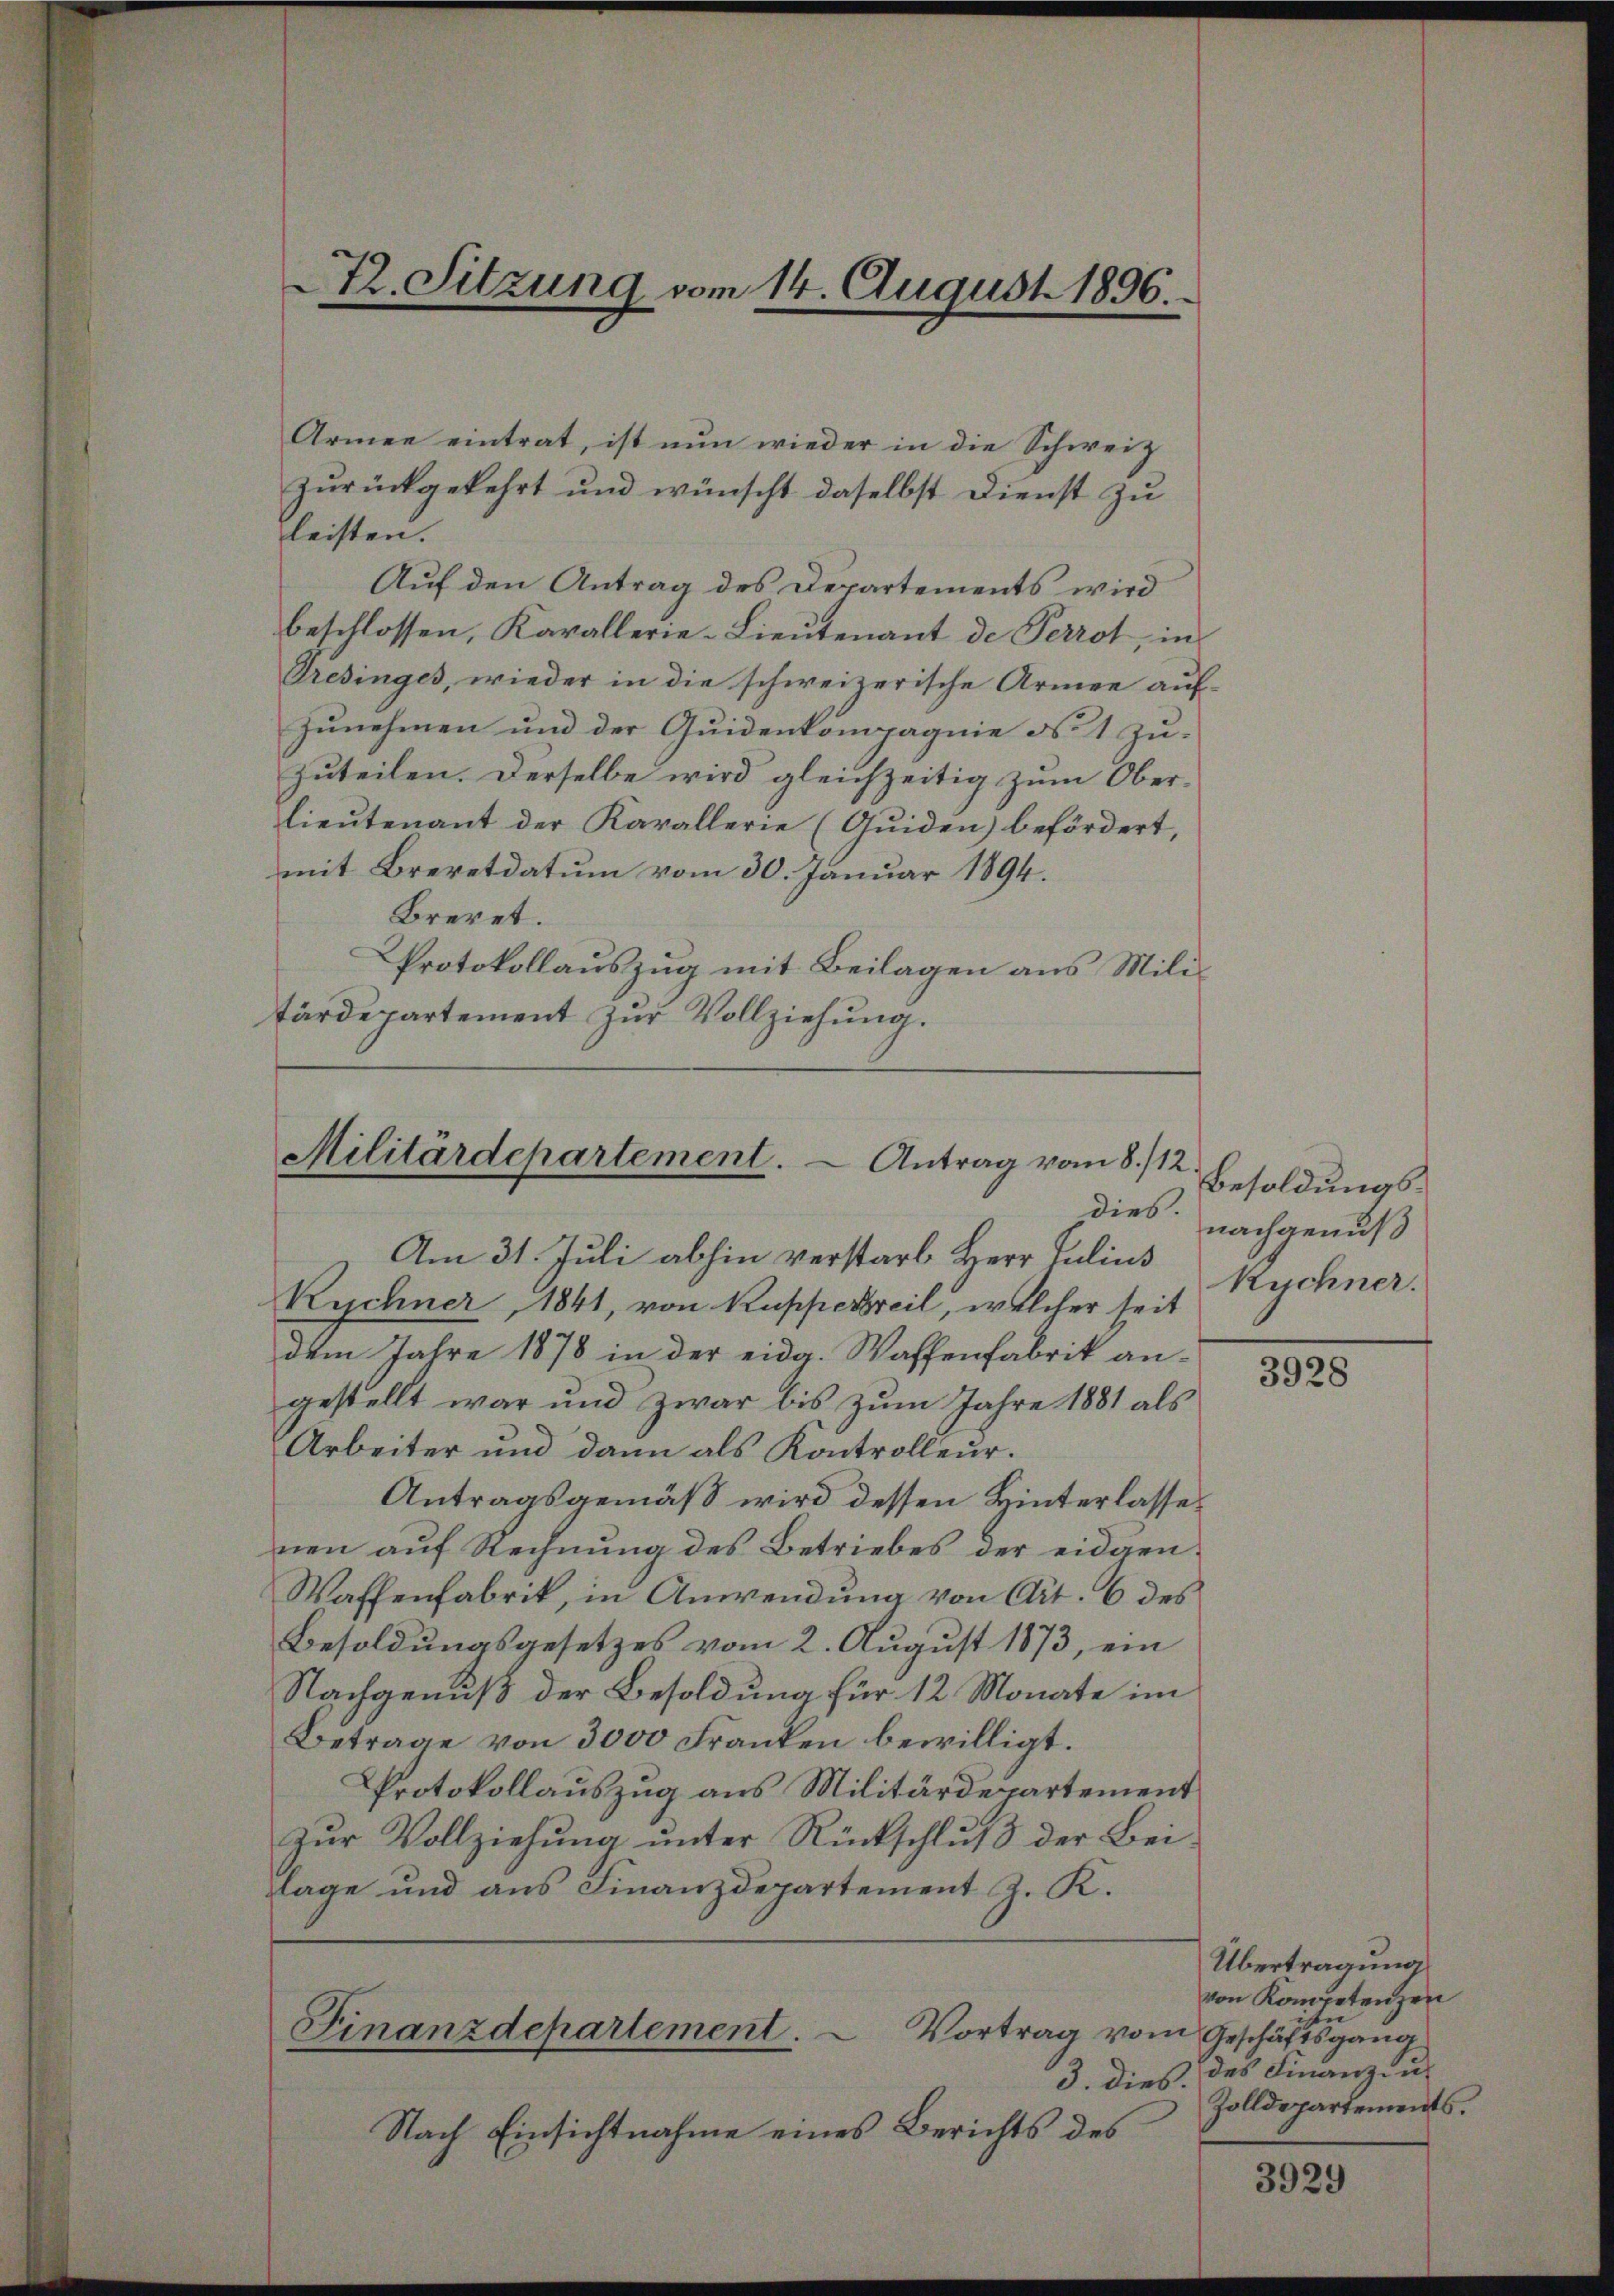
72. Sitzung vom 14. August 1896.

Armee eintrat, ist nun wieder in die Schweiz
zurückgekehrt und wünscht daselbst Dienst zu
leisten.
Auf den Antrag des Departements wird
beschlossen, Kavallerie-Lieutenant de Perrot, in
Dresinges, wieder in die schweizerische Armen auf-
zunehmen und der Quidenkompagnie d 1 zu¬
Zuteilen. Derselbe wird gleichzeitig zum Ober-
lieutenant der Karallerie (Quiden) befördert,
mit Brevetdatum vom 30. Januar 1894.
Breret.
Protokollauszug mit Beilagen aus Militärdepartement zur Vollziehung.

Militärdepartement.  Antrag vom 8./12

Am 31. Juli abhin verstarb Herr Julius
Kychner, 1841, von Kupperreil, welcher seit
dem Jahre 1878 in der eidg. Waffenfabrik angestellt war und zwar bis zum Jahre 1881 als
Arbeiter und dann als Kontrolleur.
Antragsgemäß wird dessen Hinterlasse
nen auf Rechnung des Betriebes der eidgen¬
Waffenfabrik, in Anwendung von Art. 6 des
Besoldungsgesetzes vom 2. August 1873, ein
Nachgenuß der Besoldung für 12 Monate im
Betrage von 3000 Franken bewilligt.
Protokollauszug aus Militärdepartement
Zŭr Vollziehŭng ŭnter Rückschlŭβ der Bei-
lage und aus Finanzdepartement J. K.

Nach Einsichtnahme eines Berichts des

Finanzdepartement. Vortrag vom Geschäftsgang

Besoldungsdies nachgenuß
Ruchner.

3928

Übertragung
von Kompetenzen
3. dies des Finanz- u.
Zolldepartements.

3929